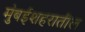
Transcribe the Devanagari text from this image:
मुंबईशहरातील